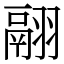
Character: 翮